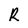
Character: R